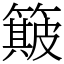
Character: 簸